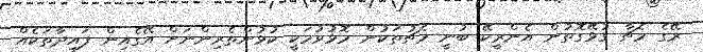
ރޭގެ މެޗާ ގުޅޭގޮތުން އެންރީކޭ ބުނީ މެޗުތަކުން މޮޅުވުމަކީ ކުޅުންތެރިންނަށް އޭގެއިން ފައިދާތަކެއް